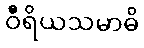
ဝီရိယသမာဓိ